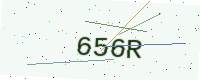
Text: 656R